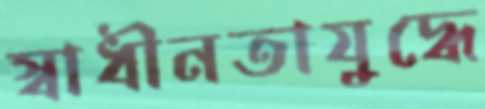
স্বাধীনতাযুদ্ধে